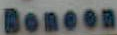
Boneon